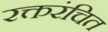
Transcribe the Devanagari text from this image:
रक्तरंचित